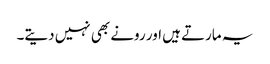
یہ مارتے ہیں اور رونے بھی نہیں دیتے۔